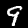
Label: 9